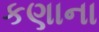
કણાના